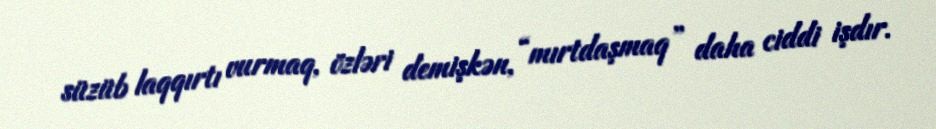
süzüb laqqırtı vurmaq, özləri demişkən, “mırtdaşmaq” daha ciddi işdır.